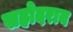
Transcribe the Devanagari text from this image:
सहोदराय